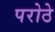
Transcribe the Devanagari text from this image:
परोठे